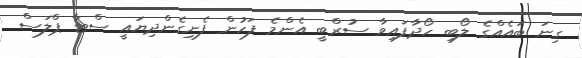
ގިނަ ބައެއްގެ ލޯބި ހޯދާފައިވާ ސުރްބީ އެންމެ ފަހުން ފެނިގެންދިޔައީ ސްޓާ ޕްލަސް